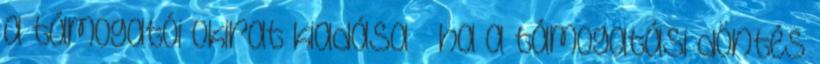
a támogatói okirat kiadása – ha a támogatási döntés